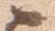
之